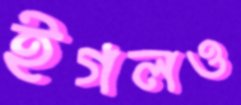
ইগলও